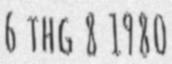
6 thg 8 1980